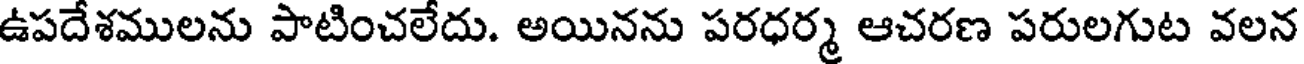
ఉపదేశములను పాటించలేదు. అయినను పరధర్మ ఆచరణ పరులగుట వలన